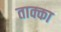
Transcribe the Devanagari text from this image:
ताक्का